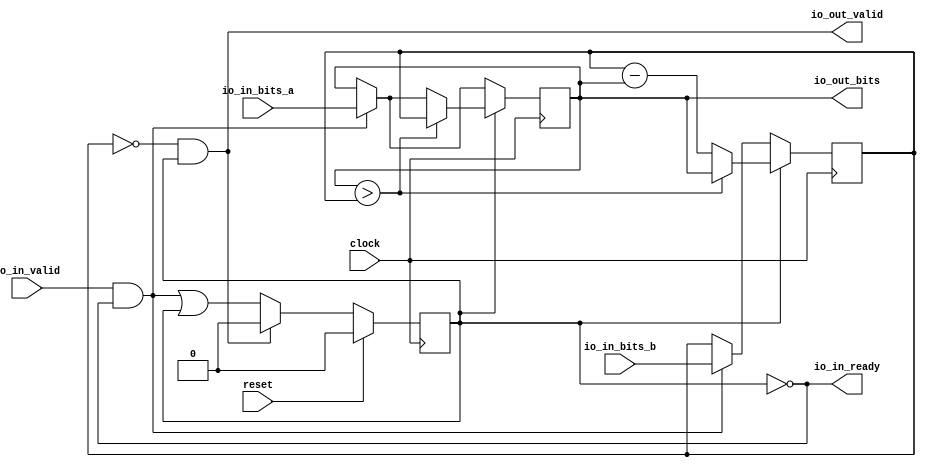
module RealGCD2(
  input         clock,
  input         reset,
  output        io_in_ready,
  input         io_in_valid,
  input  [15:0] io_in_bits_a,
  input  [15:0] io_in_bits_b,
  output        io_out_valid,
  output [15:0] io_out_bits
);
`ifdef RANDOMIZE_REG_INIT
  reg [31:0] _RAND_0;
  reg [31:0] _RAND_1;
  reg [31:0] _RAND_2;
`endif // RANDOMIZE_REG_INIT
  reg [15:0] x; // @[GCDSpec.scala 38:14]
  reg [15:0] y; // @[GCDSpec.scala 39:14]
  reg  p; // @[GCDSpec.scala 40:18]
  wire  _T_23 = ~p; // @[GCDSpec.scala 45:18]
  wire [15:0] _GEN_0 = io_in_valid & _T_23 ? io_in_bits_a : x; // @[GCDSpec.scala 47:28 GCDSpec.scala 48:7 GCDSpec.scala 38:14]
  wire  _GEN_2 = io_in_valid & _T_23 | p; // @[GCDSpec.scala 47:28 GCDSpec.scala 50:7 GCDSpec.scala 40:18]
  wire [15:0] _T_31 = y - x; // @[GCDSpec.scala 55:30]
  assign io_in_ready = ~p; // @[GCDSpec.scala 45:18]
  assign io_out_valid = y == 16'h0 & p; // @[GCDSpec.scala 59:29]
  assign io_out_bits = x; // @[GCDSpec.scala 58:16]
  always @(posedge clock) begin
    if (p) begin // @[GCDSpec.scala 53:12]
      if (x > y) begin // @[GCDSpec.scala 54:19]
        x <= y; // @[GCDSpec.scala 54:23]
      end else begin
        x <= _GEN_0;
      end
    end else begin
      x <= _GEN_0;
    end
    if (p) begin // @[GCDSpec.scala 53:12]
      if (x > y) begin // @[GCDSpec.scala 54:19]
        y <= x; // @[GCDSpec.scala 54:31]
      end else begin
        y <= _T_31; // @[GCDSpec.scala 55:25]
      end
    end else if (io_in_valid & _T_23) begin // @[GCDSpec.scala 47:28]
      y <= io_in_bits_b; // @[GCDSpec.scala 49:7]
    end
    if (reset) begin // @[GCDSpec.scala 40:18]
      p <= 1'h0; // @[GCDSpec.scala 40:18]
    end else if (io_out_valid) begin // @[GCDSpec.scala 60:23]
      p <= 1'h0; // @[GCDSpec.scala 61:7]
    end else begin
      p <= _GEN_2;
    end
  end
// Register and memory initialization
`ifdef RANDOMIZE_GARBAGE_ASSIGN
`define RANDOMIZE
`endif
`ifdef RANDOMIZE_INVALID_ASSIGN
`define RANDOMIZE
`endif
`ifdef RANDOMIZE_REG_INIT
`define RANDOMIZE
`endif
`ifdef RANDOMIZE_MEM_INIT
`define RANDOMIZE
`endif
`ifndef RANDOM
`define RANDOM $random
`endif
`ifdef RANDOMIZE_MEM_INIT
  integer initvar;
`endif
`ifndef SYNTHESIS
`ifdef FIRRTL_BEFORE_INITIAL
`FIRRTL_BEFORE_INITIAL
`endif
initial begin
  `ifdef RANDOMIZE
    `ifdef INIT_RANDOM
      `INIT_RANDOM
    `endif
    `ifndef VERILATOR
      `ifdef RANDOMIZE_DELAY
        #`RANDOMIZE_DELAY begin end
      `else
        #0.002 begin end
      `endif
    `endif
`ifdef RANDOMIZE_REG_INIT
  _RAND_0 = {1{`RANDOM}};
  x = _RAND_0[15:0];
  _RAND_1 = {1{`RANDOM}};
  y = _RAND_1[15:0];
  _RAND_2 = {1{`RANDOM}};
  p = _RAND_2[0:0];
`endif // RANDOMIZE_REG_INIT
  `endif // RANDOMIZE
end // initial
`ifdef FIRRTL_AFTER_INITIAL
`FIRRTL_AFTER_INITIAL
`endif
`endif // SYNTHESIS
endmodule